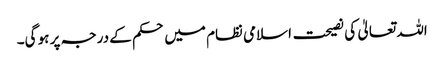
اللہ تعالیٰ کی نصیحت اسلامی نظام میں حکم کے درجہ پر ہو گی۔